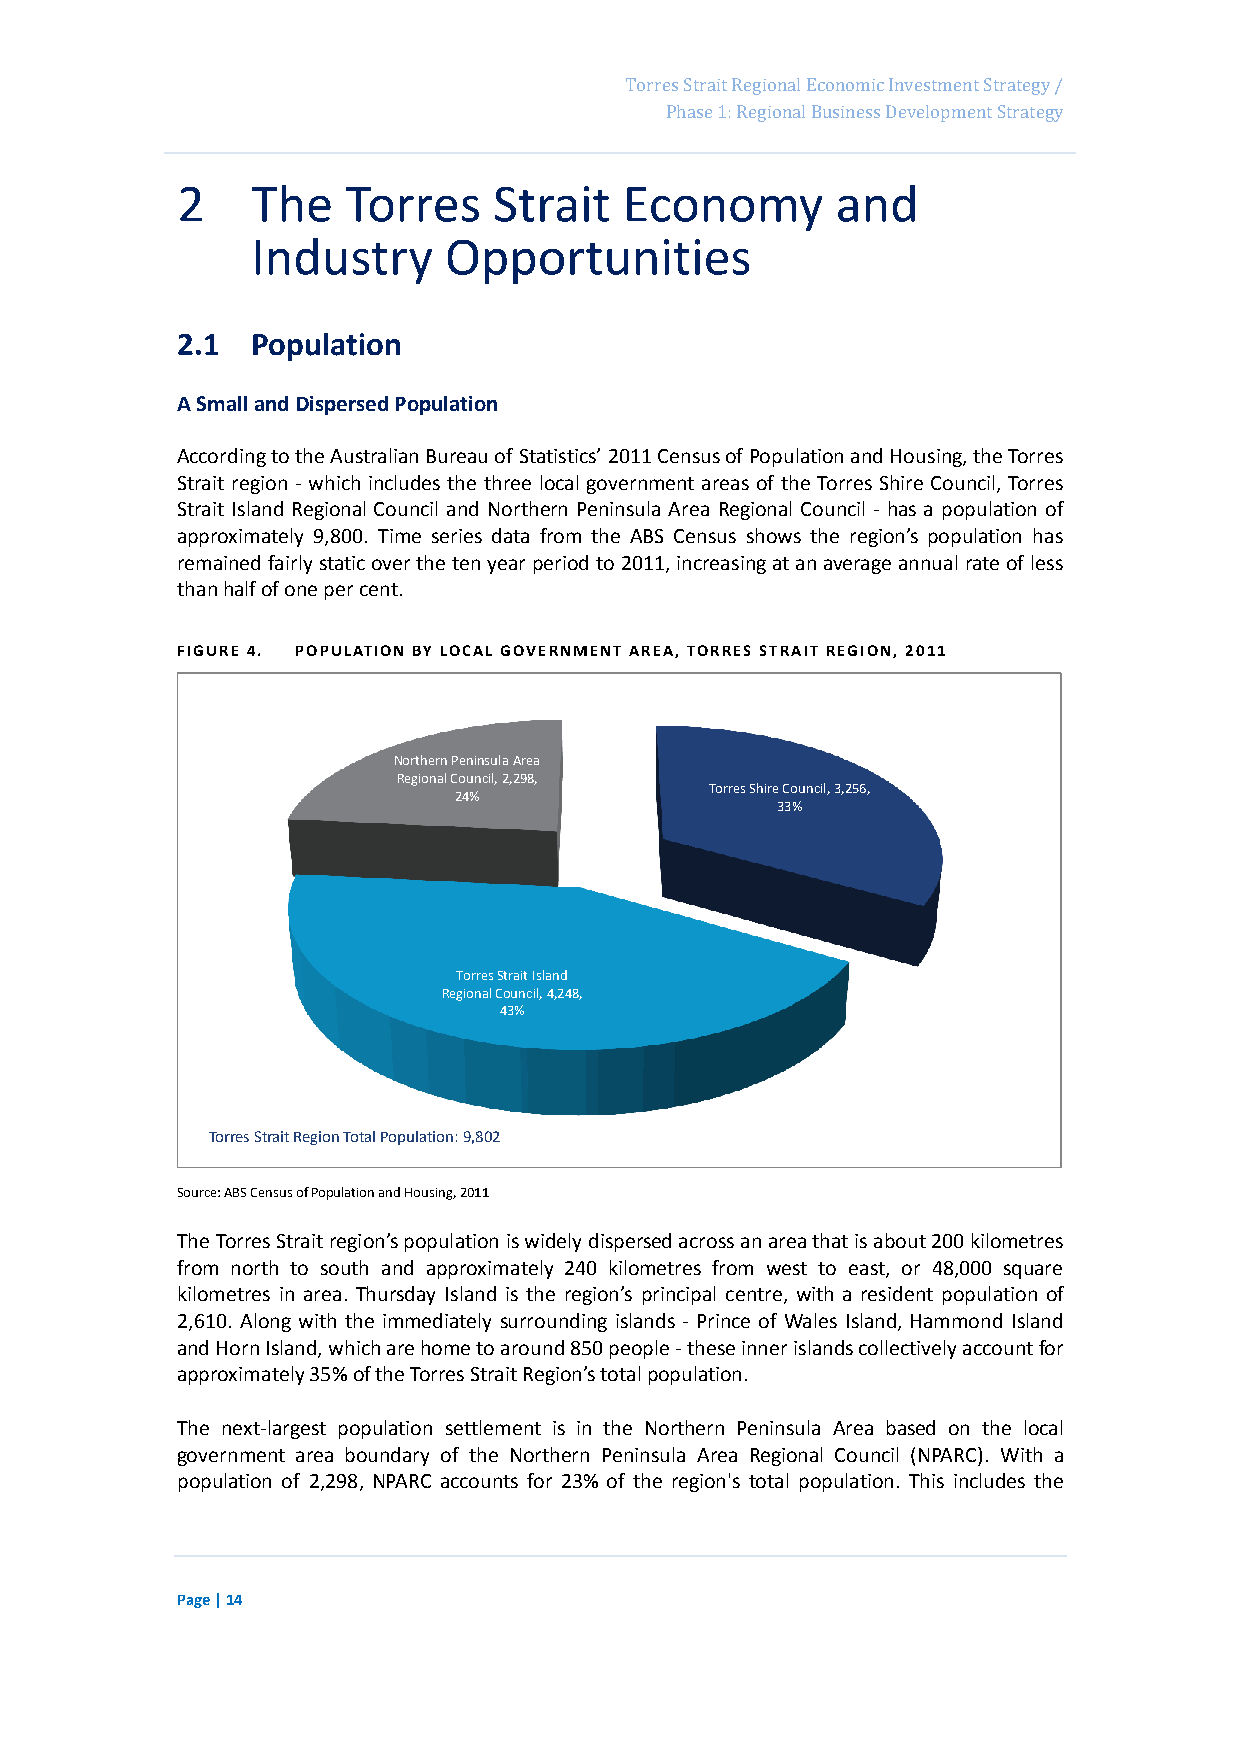
Page 30
 Torres Strait Regional Economic Investment Strategy /
 Phase 1: Regional Business Development Strategy
 2    The   Torres    Strait  Economy       and
 Industry    Opportunities
 2.1  Population
 A Small and Dispersed Population
 According to the Australian Bureau of Statistics’ 2011 Census of Population and Housing, the Torres
 Strait region - which includes the three local government areas of the Torres Shire Council, Torres
 Strait Island Regional Council and Northern Peninsula Area Regional Council - has a population of
 approximately 9,800. Time series data from the ABS Census shows the region’s population has
 remained fairly static over the ten year period to 2011, increasing at an average annual rate of less
 than half of one per cent.
 FIGURE 4. POPULATION BY LOCAL GOVERNMENT AREA, TORRES STRAIT REGION, 2011
 Northern Peninsula Area
 Regional Council, 2,298,
 Torres Shire Council, 3,256,
 24%
 33%
 Torres Strait Island
 Regional Council, 4,248,
 43%
 Torres Strait Region Total Population: 9,802
 Source: ABS Census of Population and Housing, 2011
 The Torres Strait region’s population is widely dispersed across an area that is about 200 kilometres
 from north to south and approximately 240 kilometres from west to east, or 48,000 square
 kilometres in area. Thursday Island is the region’s principal centre, with a resident population of
 2,610. Along with the immediately surrounding islands - Prince of Wales Island, Hammond Island
 and Horn Island, which are home to around 850 people - these inner islands collectively account for
 approximately 35% of the Torres Strait Region’s total population.
 The next-largest population settlement is in the Northern Peninsula Area based on the local
 government area boundary of the Northern Peninsula Area Regional Council (NPARC). With a
 population of 2,298, NPARC accounts for 23% of the region's total population. This includes the
 Page | 14